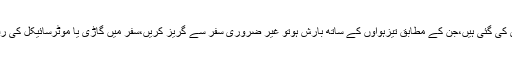
بارش میں حادثات سے بچائو کے لئے چند ہدایات بھی جاری کی گئی ہیں،جن کے مطابق تیزہواوں کے ساتھ بارش ہوتو غیر ضروری سفر سے گریز کریں،سفر میں گاڑی یا موٹرسائیکل کی رفتار آہستہ رکھیں،دوسری گاڑیوں سے مناسب فاصلہ رکھیں۔